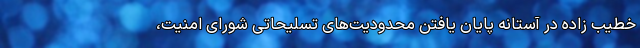
خطیب زاده در آستانه پایان یافتن محدودیت‌های تسلیحاتی شورای امنیت،